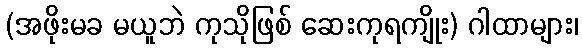
(အဖိုးမခ မယူဘဲ ကုသိုဖြစ် ဆေးကုရကျိုး) ဂါထာများ၊